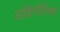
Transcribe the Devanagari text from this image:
आंहेदोनिया